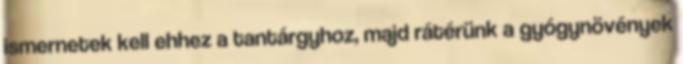
ismernetek kell ehhez a tantárgyhoz, majd rátérünk a gyógynövények